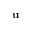
\mathbf { u }